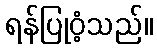
ရန်ပြုဝံ့သည်။